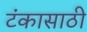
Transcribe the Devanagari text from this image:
टंकासाठी